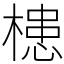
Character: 槵